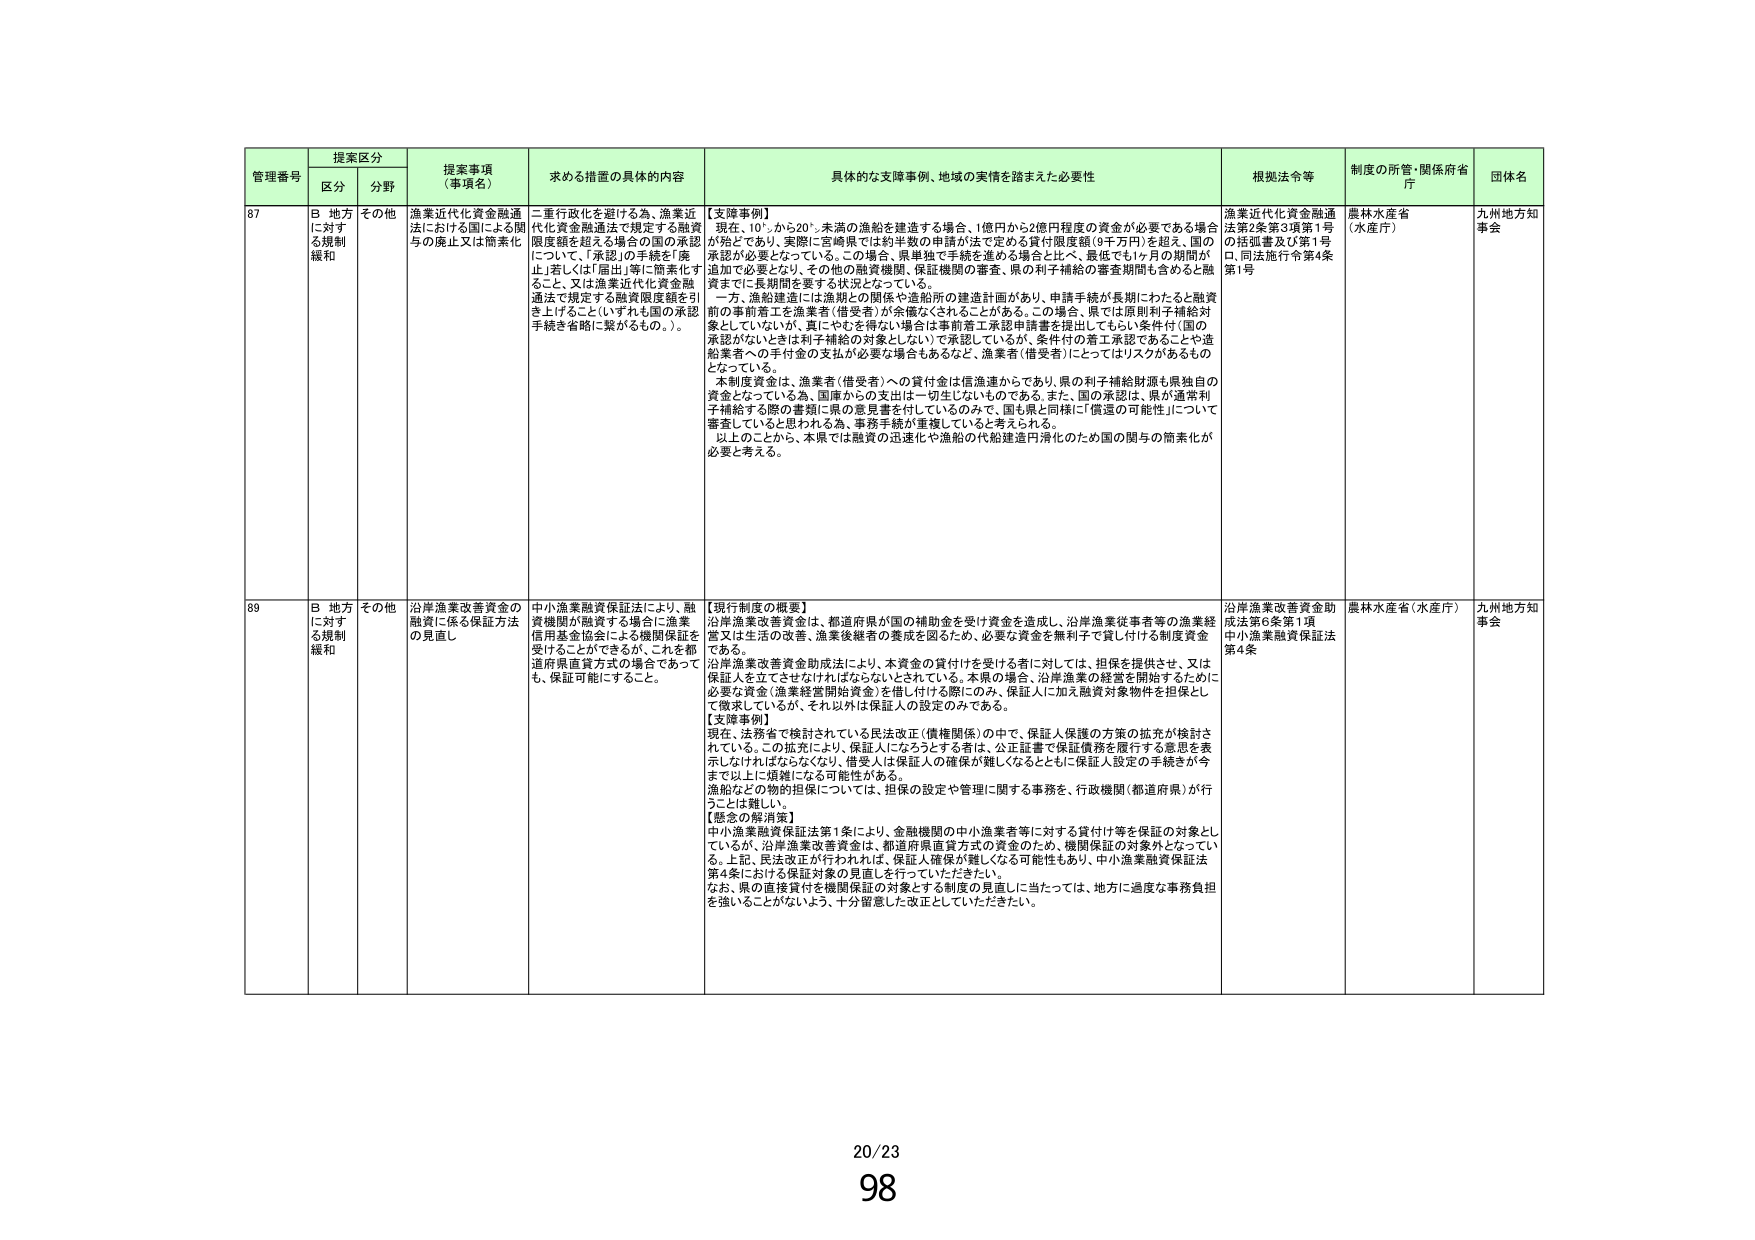
管理番号 提案区分 提案事項（事項名） 求める措置の具体的内容 具体的な支障事例、地域の実情を踏まえた必要性 根拠法令等 制度の所管・関係府省庁 団体名
区分 分野
87 B 地方に対する規制緩和 その他 漁業近代化資金融通法における国による関与の廃止又は簡素化 二重行政化を避ける為、漁業近代化資金融通法で規定する融資限度額を超える場合の国の承認について、「承認」の手続を「廃止」若しくは「届出」等に簡素化すること、又は漁業近代化資金融通法で規定する融資限度額を引き上げること（いずれも国の承認手続き省略に繋がるもの。）。 【支障事例】 現在、10㌧から20㌧未満の漁船を建造する場合、1億円から2億円程度の資金が必要である場合が殆どであり、実際に宮崎県では約半数の申請が法定める貸付限度額（9千万円）を超え、国の承認が必要となっている。この場合、県単独で手続を進める場合と比べ、最低でも1ヶ月の期間が追加で必要となり、その他の融資機関、保証機関の審査、県の利子補給の審査期間も含めると融資までに長期間を要する状況となっている。 一方、漁船建造には造船との関係や造船所の建造計画があり、申請手続が長期にわたると融資前の事前着工を漁業者（借受者）が余儀なくされることがある。この場合、県では原則利子補給対象としていないが、真にやむを得ない場合は事前着工承認申請書を提出してもよい条件付（国の承認がないときは利子補給の対象としない）で承認しているが、条件付の着工承認であることで造船業者への手付金の支払が必要な場合もあるなど、漁業者（借受者）にとってはリスクがあるものとなっている。 本制度資金は、漁業者（借受者）への貸付金は信漁連からであり、県の利子補給財源も県独自の資金となっている為、国庫からの支出は一切生じないものである。また、国の承認は、県が通常利子補給する際の書類に県の意見書を付しているのみで、国も県と同様に「償還の可能性」について審査していると思われる為、事務手続が重複していると考えられる。 以上のことから、本県では融資の迅速化や漁船の代船建造円滑化のため国の関与の簡素化が必要と考える。 漁業近代化資金融通法第2条第3項第1号の括弧書き及び第1号ロ、同法施行令第4条第1号 農林水産省（水産庁） 九州地方知事会
89 B 地方に対する規制緩和 その他 沿岸漁業改善資金の融資に係る保証方法の見直し 中小漁業融資保証法により、融資機関が融資する場合に漁業信用基金協会による機関保証を受けることができるが、これを都道府県直貸方式の場合であっても、保証可能にすること。 【現行制度の概要】 沿岸漁業改善資金は、都道府県が国の補助金を受け資金を造成し、沿岸漁業従事者等の漁業経営又は生活の改善、漁業後継者の養成を図るため、必要な資金を無利子で貸し付ける制度資金である。 沿岸漁業改善資金助成法により、担保の貸付けを受ける者に対しては、担保を提供させ、又は保証人を立てさせなければならないとされている。本県の場合、沿岸漁業の経営を開始するために必要な資金（漁業経営開始資金）を借し付ける際にのみ、保証人に加え融資対象物件を担保として徴求しているが、それ以外は保証人の設定のみである。 【支障事例】 現在、法務省で検討されている民法改正（債権関係）の中で、保証人保護の方策の拡充が検討されている。この拡充により、保証人になろうとする者は、公正証書で保証債務を履行する意思を表示しなければならなくなり、借受人は保証人の確保が難しくなるとともに保証人設定の手続をが今まで以上に煩雑になる可能性がある。 漁船などの物的担保については、担保の設定や管理に関する事務を、行政機関（都道府県）が行うことは難しい。 【懸念の解消策】 中小漁業融資保証法第1条により、金融機関の中小漁業者等に対する貸付け等を保証の対象としているが、沿岸漁業改善資金は、都道府県直貸方式の資金のため、機関保証の対象外となっている。上記、民法改正が行われれば、保証人確保が難しくなる可能性もあり、中小漁業融資保証法第4条における保証対象の見直しを行っていただきたい。 なお、県の直接貸付を機関保証の対象とする制度の見直しに当たっては、地方に過度な事務負担を強いることがないよう、十分留意した改正としていただきたい。 沿岸漁業改善資金助成法第6条第1項 中小漁業融資保証法第4条 農林水産省（水産庁） 九州地方知事会
20/23 98